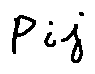
p _ { i j }